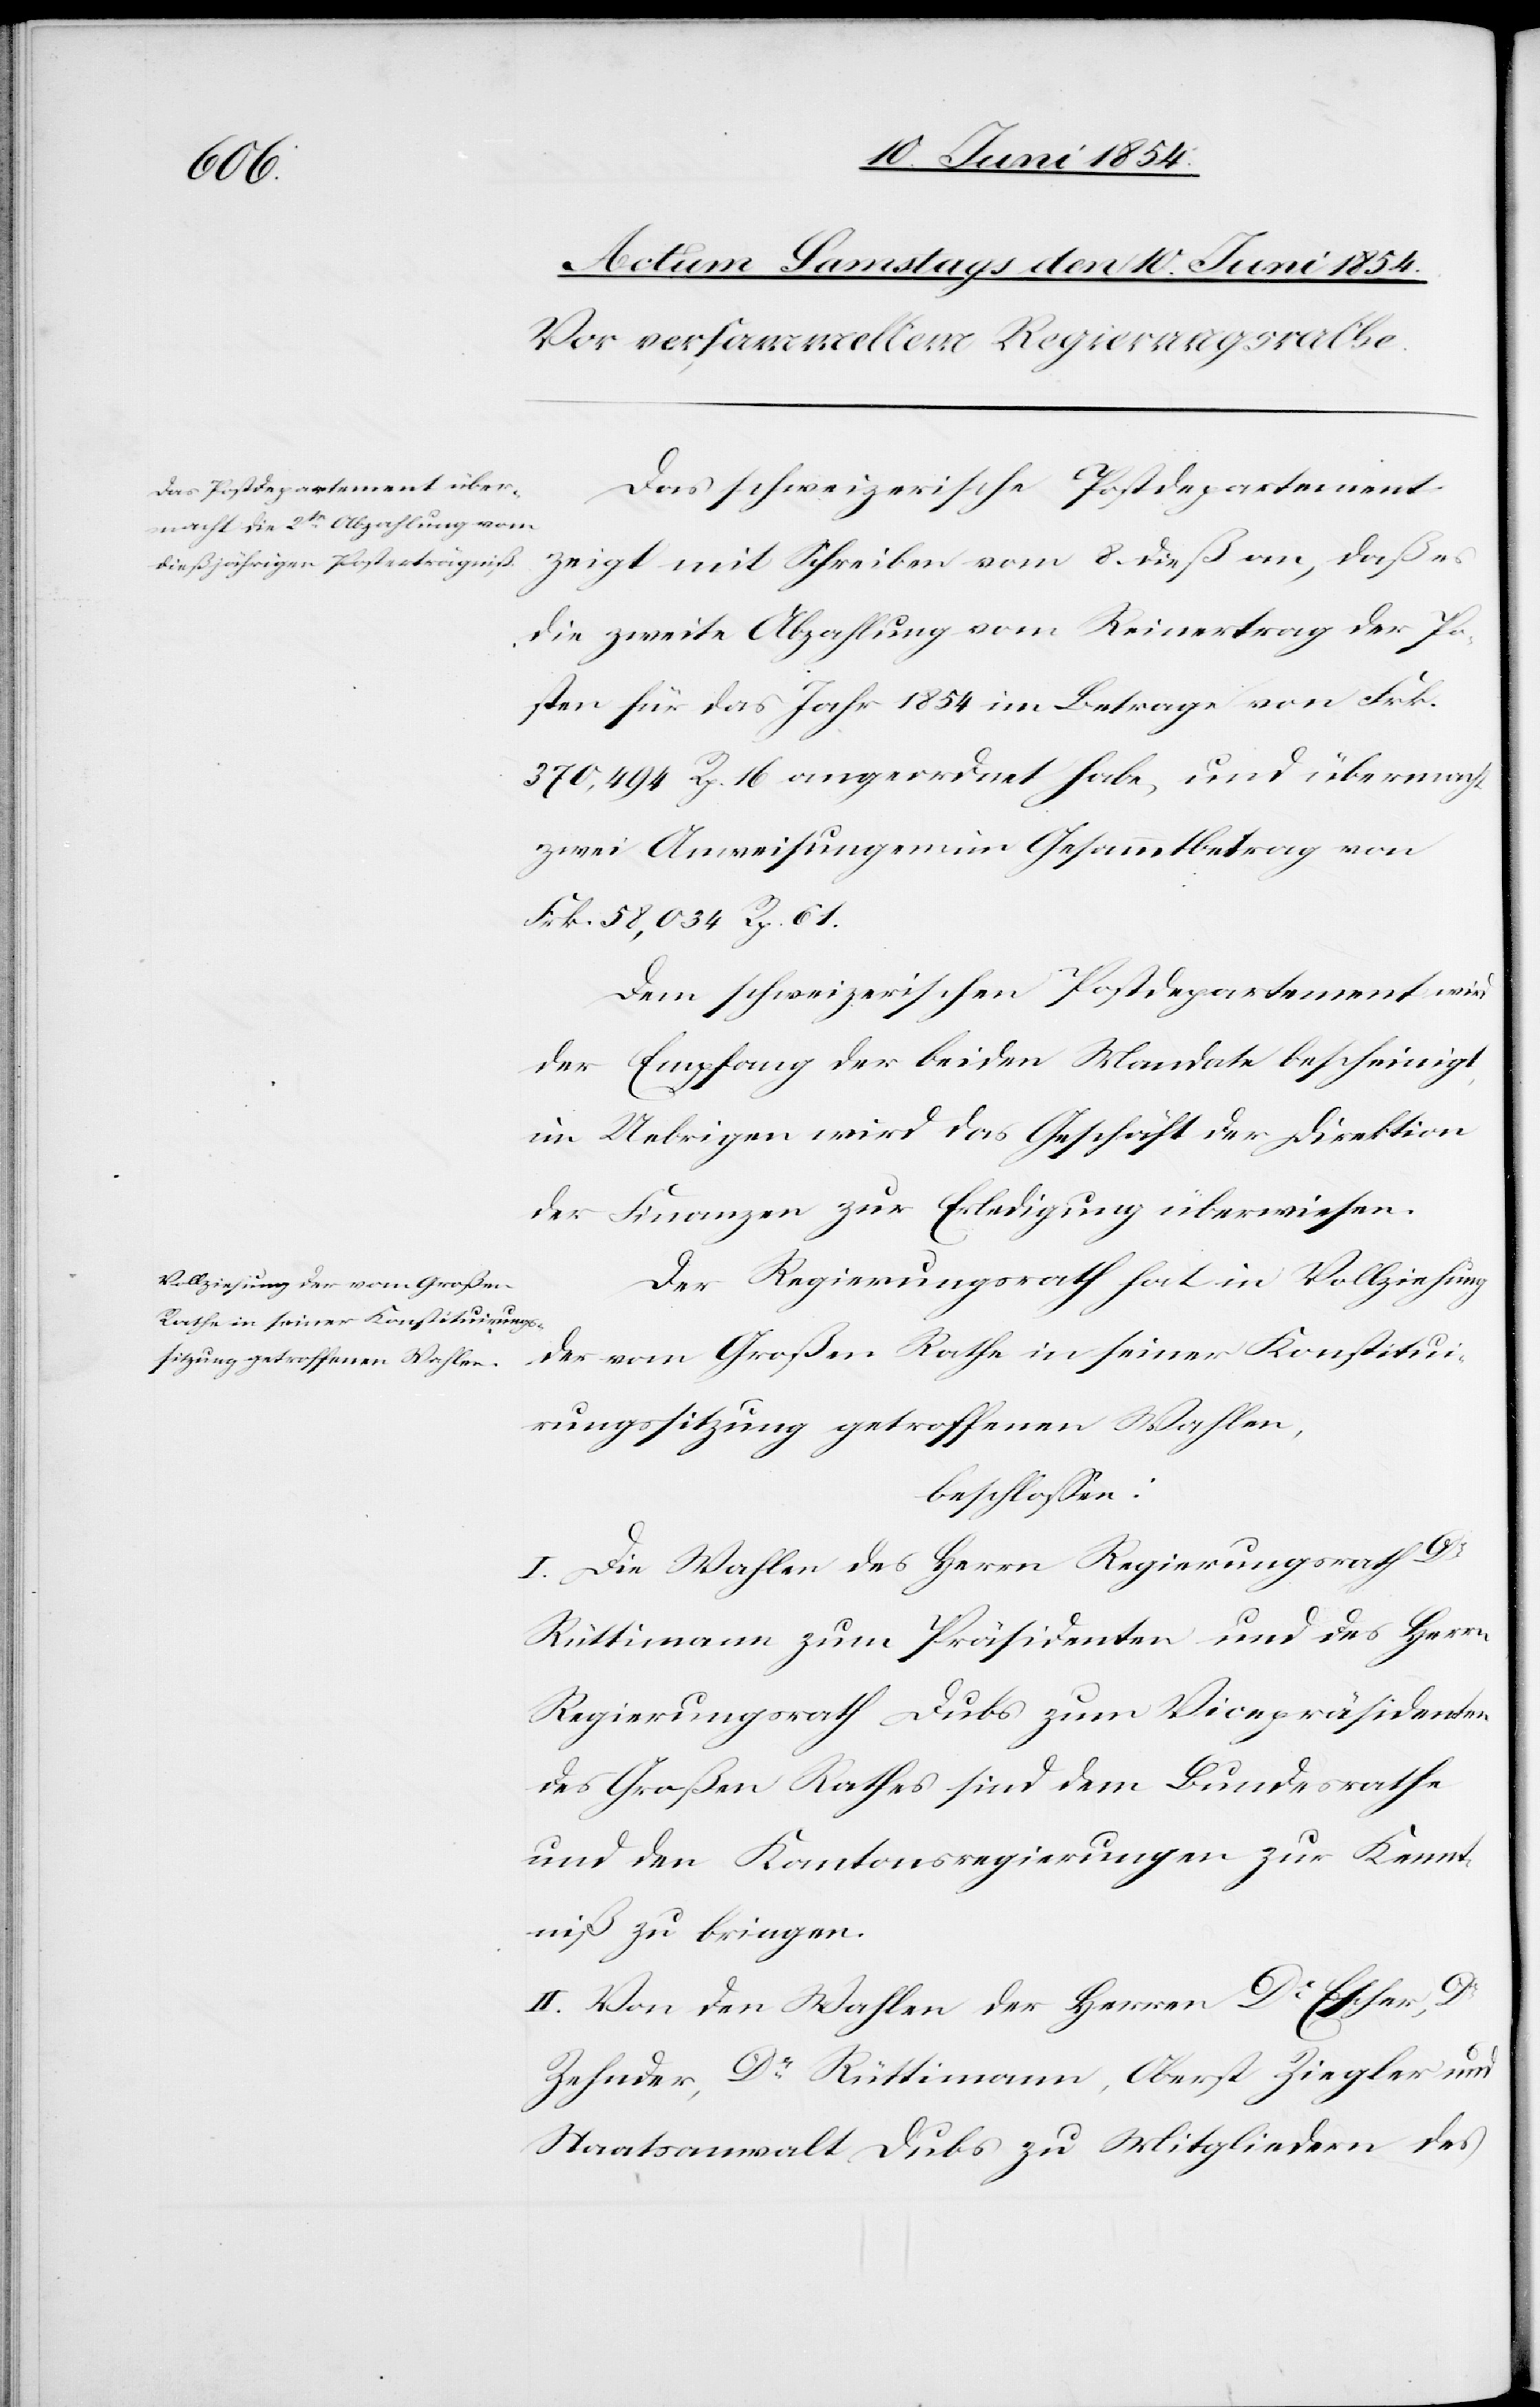
Das schweizerische Postdepartement
zeigt mit Schreiben vom 8. dieß an, daß es
die zweite Abzahlung vom Reinertrag der Po¬
sten für das Jahr 1854 im Betrage von Frk.
370,404 Rp. 16 angeordnet habe, und übermacht
zwei Anweisungen im Gesammtbetrag von
Frk. 58,034 Rp. 61
Dem schweizerischen Postdepartement wird
der Empfang der beiden Mandate bescheinigt
im Uebrigen wird das Geschäft der Direktion
der Finanzen zur Erledigung überwiesen.
Der Regierungsrath hat in Vollziehung
der vom Großen Rathe in seiner Konstitui¬
rungssitzung getroffenen Wahlen,
beschloßen:
I. Die Wahlen des Herrn Regierungsrath Dr
Rüttimann zum Präsidenten und des Herrn
Regierungsrath Dubs zum Vicepräsidenten
des Großen Rathes sei dem Bundesrathe
und den Kantonsregierungen zur Kennt¬
niß zu bringen.
II. Von den Wahlen des Herrn Dr Escher, Dr
Zehnder, Dr Rüttimann, Oberst Ziegler und
Staatsanwalt Dubs zu Mitgliedern des